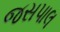
જસપાલ